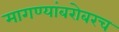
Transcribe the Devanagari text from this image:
मागण्यांबरोबरच